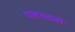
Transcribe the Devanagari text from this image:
पलतडचो